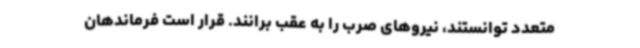
متعدد توانستند، نیروهای صرب را به عقب برانند. قرار است فرماندهان